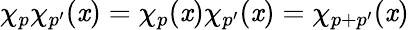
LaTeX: \chi_{p}\chi_{p^{\prime}}(\mathit{x})=\chi_{p}(\mathit{x})\chi_{p^{\prime}}(\mathit{x})=\chi_{p+p^{\prime}}(\mathit{x})